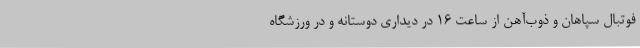
فوتبال سپاهان و ذوب‌آهن از ساعت 16 در دیداری دوستانه و در ورزشگاه